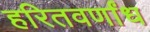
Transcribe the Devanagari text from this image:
हरितवर्णांध